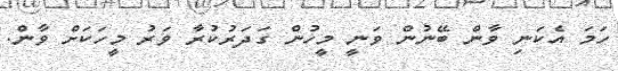
ހަމަ އެކަނި ވާން ބޭނުން ވަނީ މީހުން ގަދަރުކުރާ ވަރު މީހަކަށް ވާން.